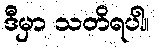
ဒီမှာ သတိရပါ။